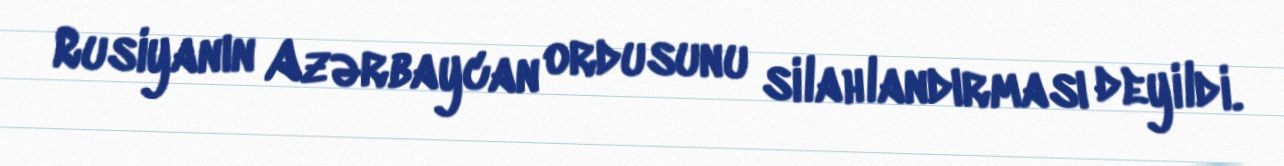
Rusiyanın Azərbaycan ordusunu silahlandırması deyildi.